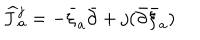
{ \widehat J } { } _ { a } ^ { j } = - \bar { \xi } _ { a } { \bar { \partial } } + j ( { \bar { \partial } } { \bar { \xi } } _ { a } )